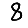
Digit: 8